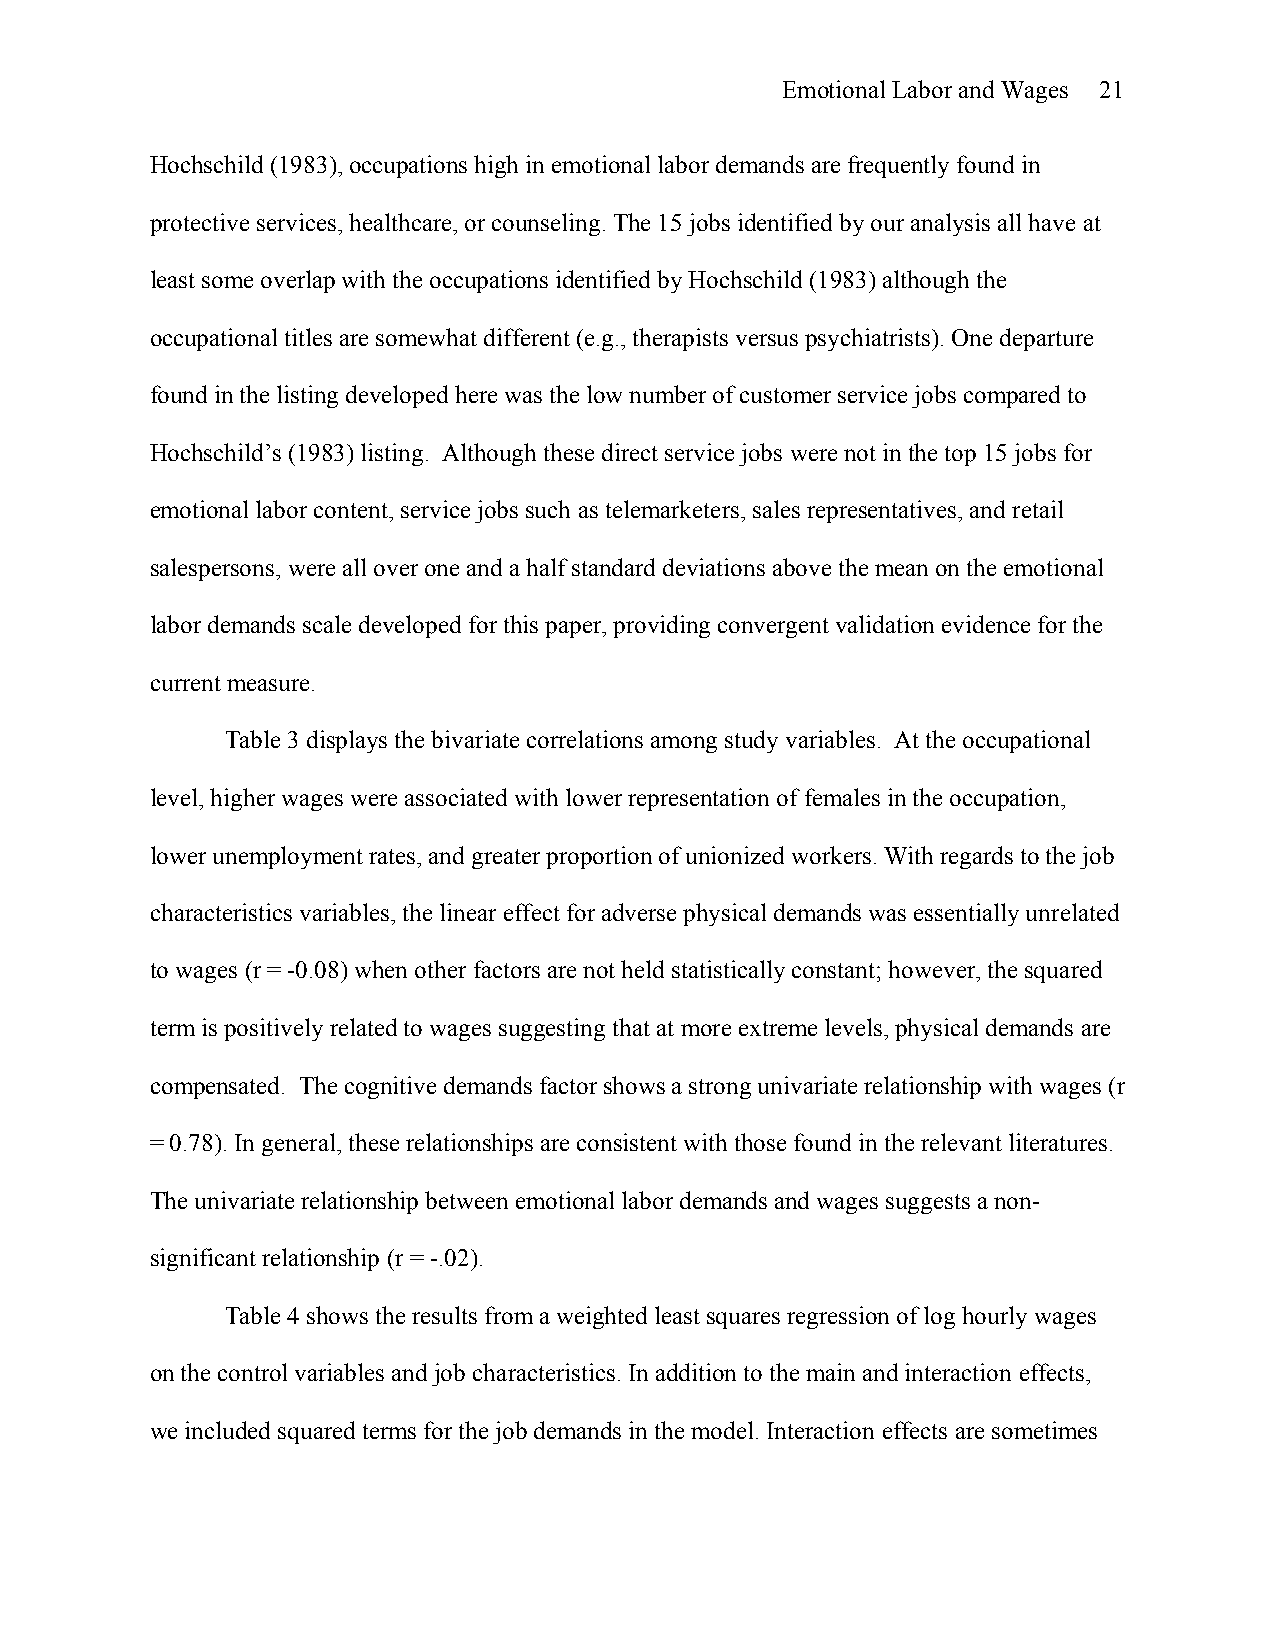
Emotional Labor and Wages 21
 Hochschild (1983), occupations high in emotional labor demands are frequently found in
 protective services, healthcare, or counseling. The 15 jobs identified by our analysis all have at
 least some overlap with the occupations identified by Hochschild (1983) although the
 occupational titles are somewhat different (e.g., therapists versus psychiatrists). One departure
 found in the listing developed here was the low number of customer service jobs compared to
 Hochschild’s (1983) listing. Although these direct service jobs were not in the top 15 jobs for
 emotional labor content, service jobs such as telemarketers, sales representatives, and retail
 salespersons, were all over one and a half standard deviations above the mean on the emotional
 labor demands scale developed for this paper, providing convergent validation evidence for the
 current measure.
 Table 3 displays the bivariate correlations among study variables. At the occupational
 level, higher wages were associated with lower representation of females in the occupation,
 lower unemployment rates, and greater proportion of unionized workers. With regards to the job
 characteristics variables, the linear effect for adverse physical demands was essentially unrelated
 to wages (r = -0.08) when other factors are not held statistically constant; however, the squared
 term is positively related to wages suggesting that at more extreme levels, physical demands are
 compensated. The cognitive demands factor shows a strong univariate relationship with wages (r
 = 0.78). In general, these relationships are consistent with those found in the relevant literatures.
 The univariate relationship between emotional labor demands and wages suggests a non-
 significant relationship (r = -.02).
 Table 4 shows the results from a weighted least squares regression of log hourly wages
 on the control variables and job characteristics. In addition to the main and interaction effects,
 we included squared terms for the job demands in the model. Interaction effects are sometimes